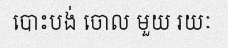
បោះបង់ ចោល មួយ រយៈ